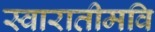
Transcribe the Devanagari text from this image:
स्वारातीमवि